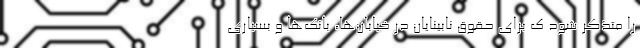
را متذکر شود ک برای حقوق نابینایان در خیابان‌ها، بانک‌ها و بسیاری